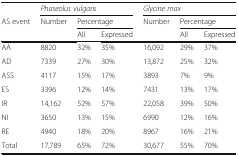
<table><thead><tr><td></td><td colspan="3"><b><i>Phaseolus vulgaris</i></b></td><td colspan="3"><b><i>Glycine max</i></b></td></tr><tr><td rowspan="2"><b>AS event</b></td><td rowspan="2"><b>Number</b></td><td colspan="2"><b>Percentage</b></td><td rowspan="2"><b>Number</b></td><td colspan="2"><b>Percentage</b></td></tr><tr><td><b>All</b></td><td><b>Expressed</b></td><td><b>All</b></td><td><b>Expressed</b></td></tr></thead><tbody><tr><td>AA</td><td>8820</td><td>32%</td><td>35%</td><td>16,092</td><td>29%</td><td>37%</td></tr><tr><td>AD</td><td>7339</td><td>27%</td><td>30%</td><td>13,872</td><td>25%</td><td>32%</td></tr><tr><td>ASS</td><td>4117</td><td>15%</td><td>17%</td><td>3893</td><td>7%</td><td>9%</td></tr><tr><td>ES</td><td>3396</td><td>12%</td><td>14%</td><td>7431</td><td>13%</td><td>17%</td></tr><tr><td>IR</td><td>14,162</td><td>52%</td><td>57%</td><td>22,058</td><td>39%</td><td>50%</td></tr><tr><td>NI</td><td>3650</td><td>13%</td><td>15%</td><td>6990</td><td>12%</td><td>16%</td></tr><tr><td>RE</td><td>4940</td><td>18%</td><td>20%</td><td>8967</td><td>16%</td><td>21%</td></tr><tr><td>Total</td><td>17,789</td><td>65%</td><td>72%</td><td>30,677</td><td>55%</td><td>70%</td></tr></tbody></table>